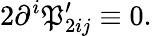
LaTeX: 2\partial^{i}\mathfrak{P}_{2ij}^{\prime}\equiv0.